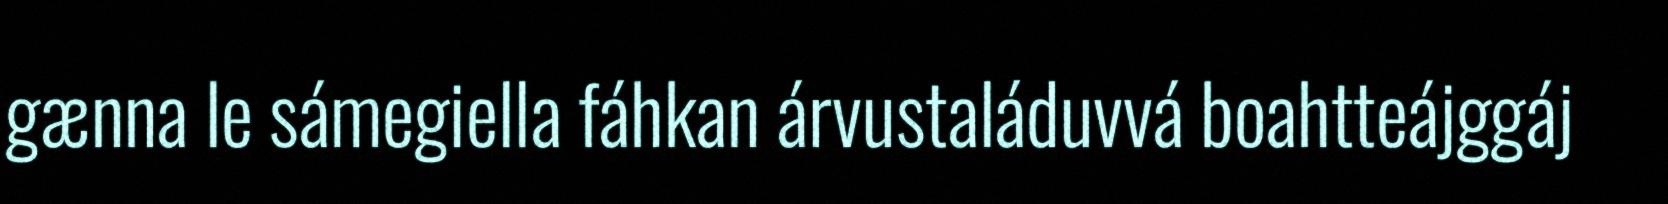
gænna le sámegiella fáhkan árvustaláduvvá boahtteájggáj